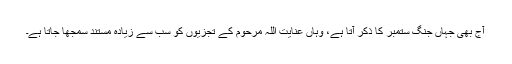
آج بھی جہاں جنگ ستمبر کا ذکر آتا ہے، وہاں عنایت اللہ مرحوم کے تجزیوں کو سب سے زیادہ مستند سمجھا جاتا ہے۔